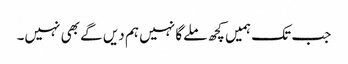
جب تک ہمیں کچھ ملےگا نہیں ہم دیں گے بھی نہیں۔